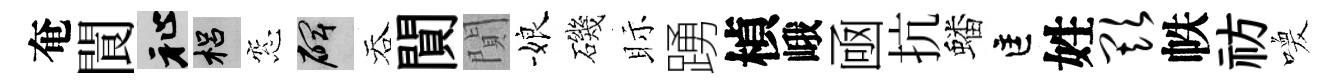
奄閬祉梠窓碑吞閴閴娘磯眎踴楨峨凾抗蟠匡姓欺帙祊喚